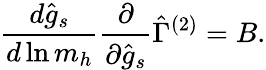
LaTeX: \frac{d\hat{g}_{s}}{d\ln m_{h}}\frac{\partial}{\partial\hat{g}_{s}}\hat{\Gamma}^{(2)}=B.